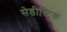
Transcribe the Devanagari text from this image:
सेडीस्टिक